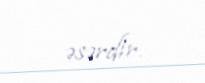
əsərdir.